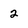
Character: 2